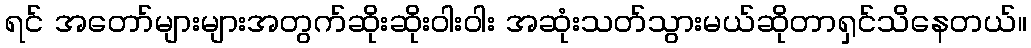
ရင် အတော်များများအတွက်ဆိုးဆိုးဝါးဝါး အဆုံးသတ်သွားမယ်ဆိုတာရှင်သိနေတယ်။